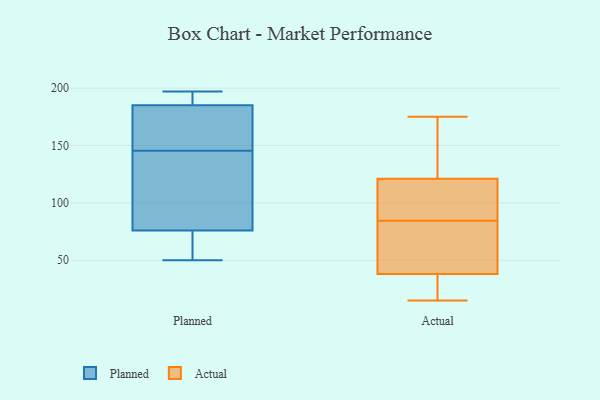
{"axis": {"x": "Latency (ms)", "y": "Value"}, "legend": ["Actual", "Planned"], "data": [{"x": "", "y": 130, "type": "Planned"}, {"x": "", "y": 71, "type": "Planned"}, {"x": "", "y": 155, "type": "Planned"}, {"x": "", "y": 124, "type": "Planned"}, {"x": "", "y": 185, "type": "Planned"}, {"x": "", "y": 61, "type": "Planned"}, {"x": "", "y": 50, "type": "Planned"}, {"x": "", "y": 189, "type": "Planned"}, {"x": "", "y": 193, "type": "Planned"}, {"x": "", "y": 173, "type": "Planned"}, {"x": "", "y": 76, "type": "Planned"}, {"x": "", "y": 136, "type": "Planned"}, {"x": "", "y": 197, "type": "Planned"}, {"x": "", "y": 169, "type": "Planned"}, {"x": "", "y": 88, "type": "Actual"}, {"x": "", "y": 61, "type": "Actual"}, {"x": "", "y": 86, "type": "Actual"}, {"x": "", "y": 38, "type": "Actual"}, {"x": "", "y": 38, "type": "Actual"}, {"x": "", "y": 15, "type": "Actual"}, {"x": "", "y": 19, "type": "Actual"}, {"x": "", "y": 69, "type": "Actual"}, {"x": "", "y": 175, "type": "Actual"}, {"x": "", "y": 146, "type": "Actual"}, {"x": "", "y": 154, "type": "Actual"}, {"x": "", "y": 30, "type": "Actual"}, {"x": "", "y": 121, "type": "Actual"}, {"x": "", "y": 36, "type": "Actual"}, {"x": "", "y": 168, "type": "Actual"}, {"x": "", "y": 100, "type": "Actual"}, {"x": "", "y": 121, "type": "Actual"}, {"x": "", "y": 83, "type": "Actual"}]}